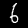
Digit: 6